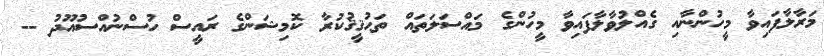
މަރާލާފައިވާ މީހުންނާއި ގެއްލުވާލާފައިވާ މީހުންގެ މައްސަލަތައް ތަޙުޤީޤުކުރާ ކޮމިޝަންގެ ރައީސް ހުސްނުއްސުއޫދު --